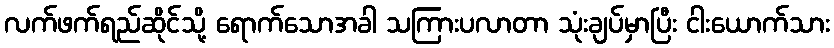
လက်ဖက်ရည်ဆိုင်သို့ ရောက်သောအခါ သကြားပလာတာ သုံးချပ်မှာပြီး ငါးယောက်သား